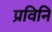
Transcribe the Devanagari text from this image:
प्रविनि